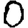
Digit: 0